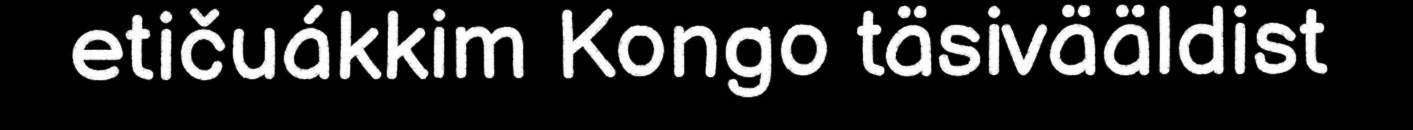
etičuákkim Kongo täsivääldist